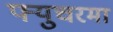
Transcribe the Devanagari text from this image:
फ्युचरमा